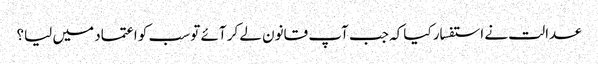
عدالت نے استفسار کیا کہ جب آپ قانون لے کر آئے تو سب کو اعتماد میں لیا؟